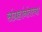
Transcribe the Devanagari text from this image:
संग्रहांनंतरचा